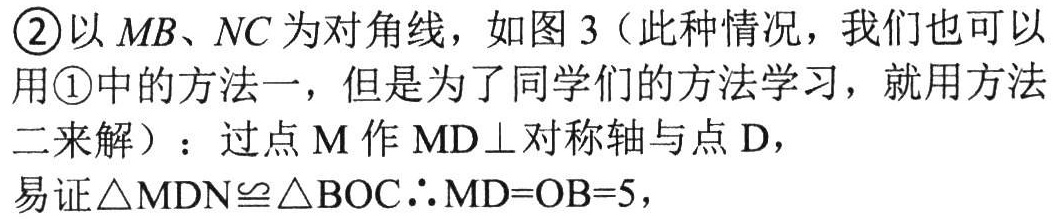
\textcircled{2}以 \(MB、NC\)为对角线，如图 3（此种情况，我们也可以用\textcircled{1}中的方法一，但是为了同学们的方法学习，就用方法二来解）：过点 \(M\)作 \(MD\perp\)对称轴与点 \(D\)，
易证\(\triangle MDN\cong\triangle BOC\therefore MD = OB = 5\)，